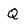
Character: Q